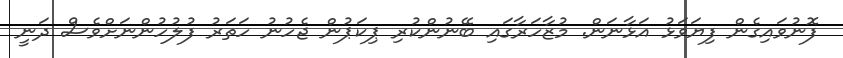
ފޮނުވައިގެން ފިޔަވަޅު އަޅާނަން. މުޒާހަރާގައި ބޭނުންކުރި ޕިކަޕުން ޖެހުނު ހަތަރު ފުލުހުންނަށްވެސް ދަނީ